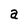
Character: a